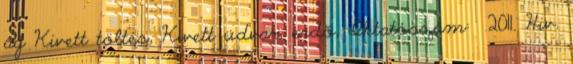
ág Kivett töltés, Kivett udvar, erdő, Iktatószám: 2011. Hiv.